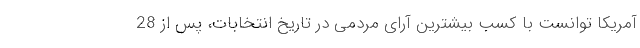
آمریکا توانست با کسب بیشترین آرای مردمی در تاریخ انتخابات، پس از 28